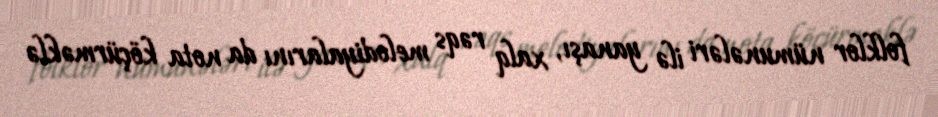
folklor nümunələri ilə yanaşı, xalq rəqs melodiyalarını da nota köçürməklə